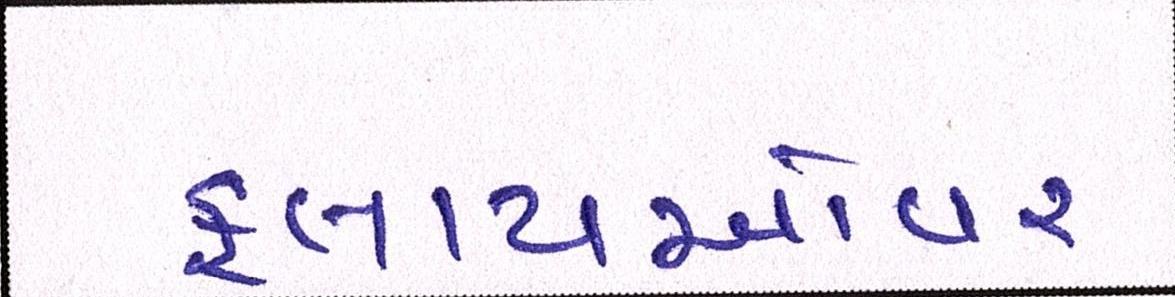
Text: ફ્લાયઓવર